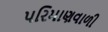
પરિમાણવાળી